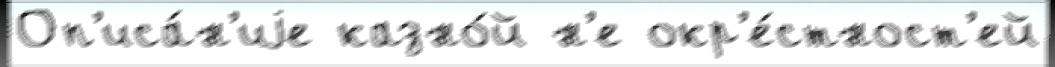
Оп'иса́н'иjе казно́й н'е окр'е́стност'ей